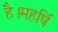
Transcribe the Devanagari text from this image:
है।महर्षि